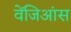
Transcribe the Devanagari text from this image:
वेंजिआंस